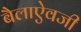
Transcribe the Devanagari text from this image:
बैलाऐवजी